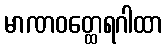
မာဏဝတ္ထေရဂါထာ